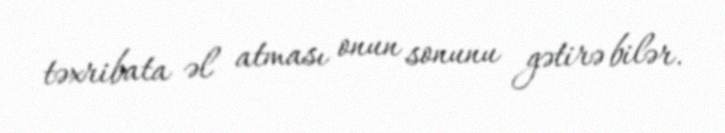
təxribata əl atması onun sonunu gətirə bilər.